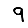
Digit: 9